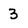
Character: 3